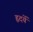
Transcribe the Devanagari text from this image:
हृदयें